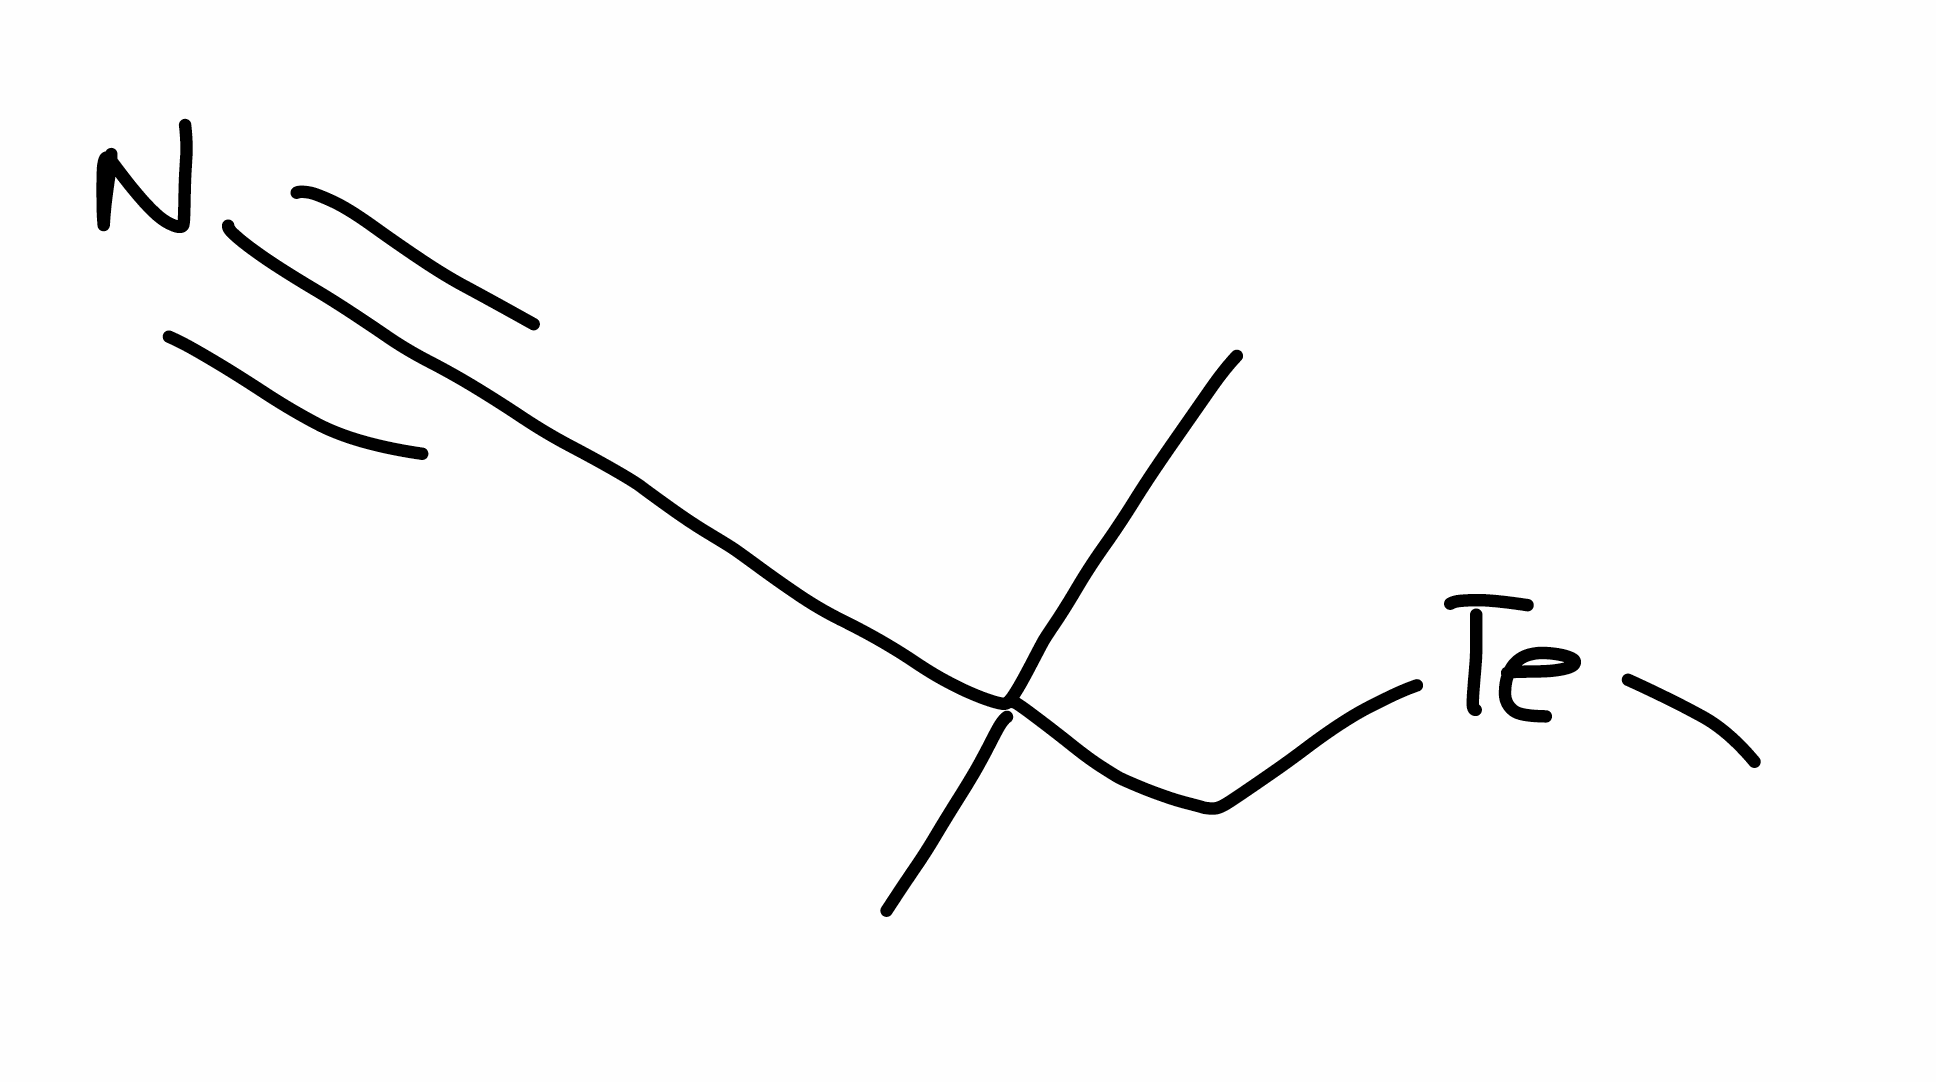
Simplified molecular-input line-entry system (SMILES) notation of the given molecule:
CC(C)(C[Te]C)C#N